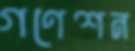
গণেশন